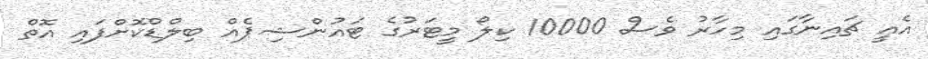
އެއީ ޗައިނާގައި މިހާރު ވެސް 10000 ކިލޯ މީޓަރުގެ ޓައުންޝިޕެއް ބިލްޑްކޮށްފައި އޮތް